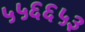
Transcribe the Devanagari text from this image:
५५६६५३